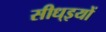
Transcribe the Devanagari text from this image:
सीध्इयों